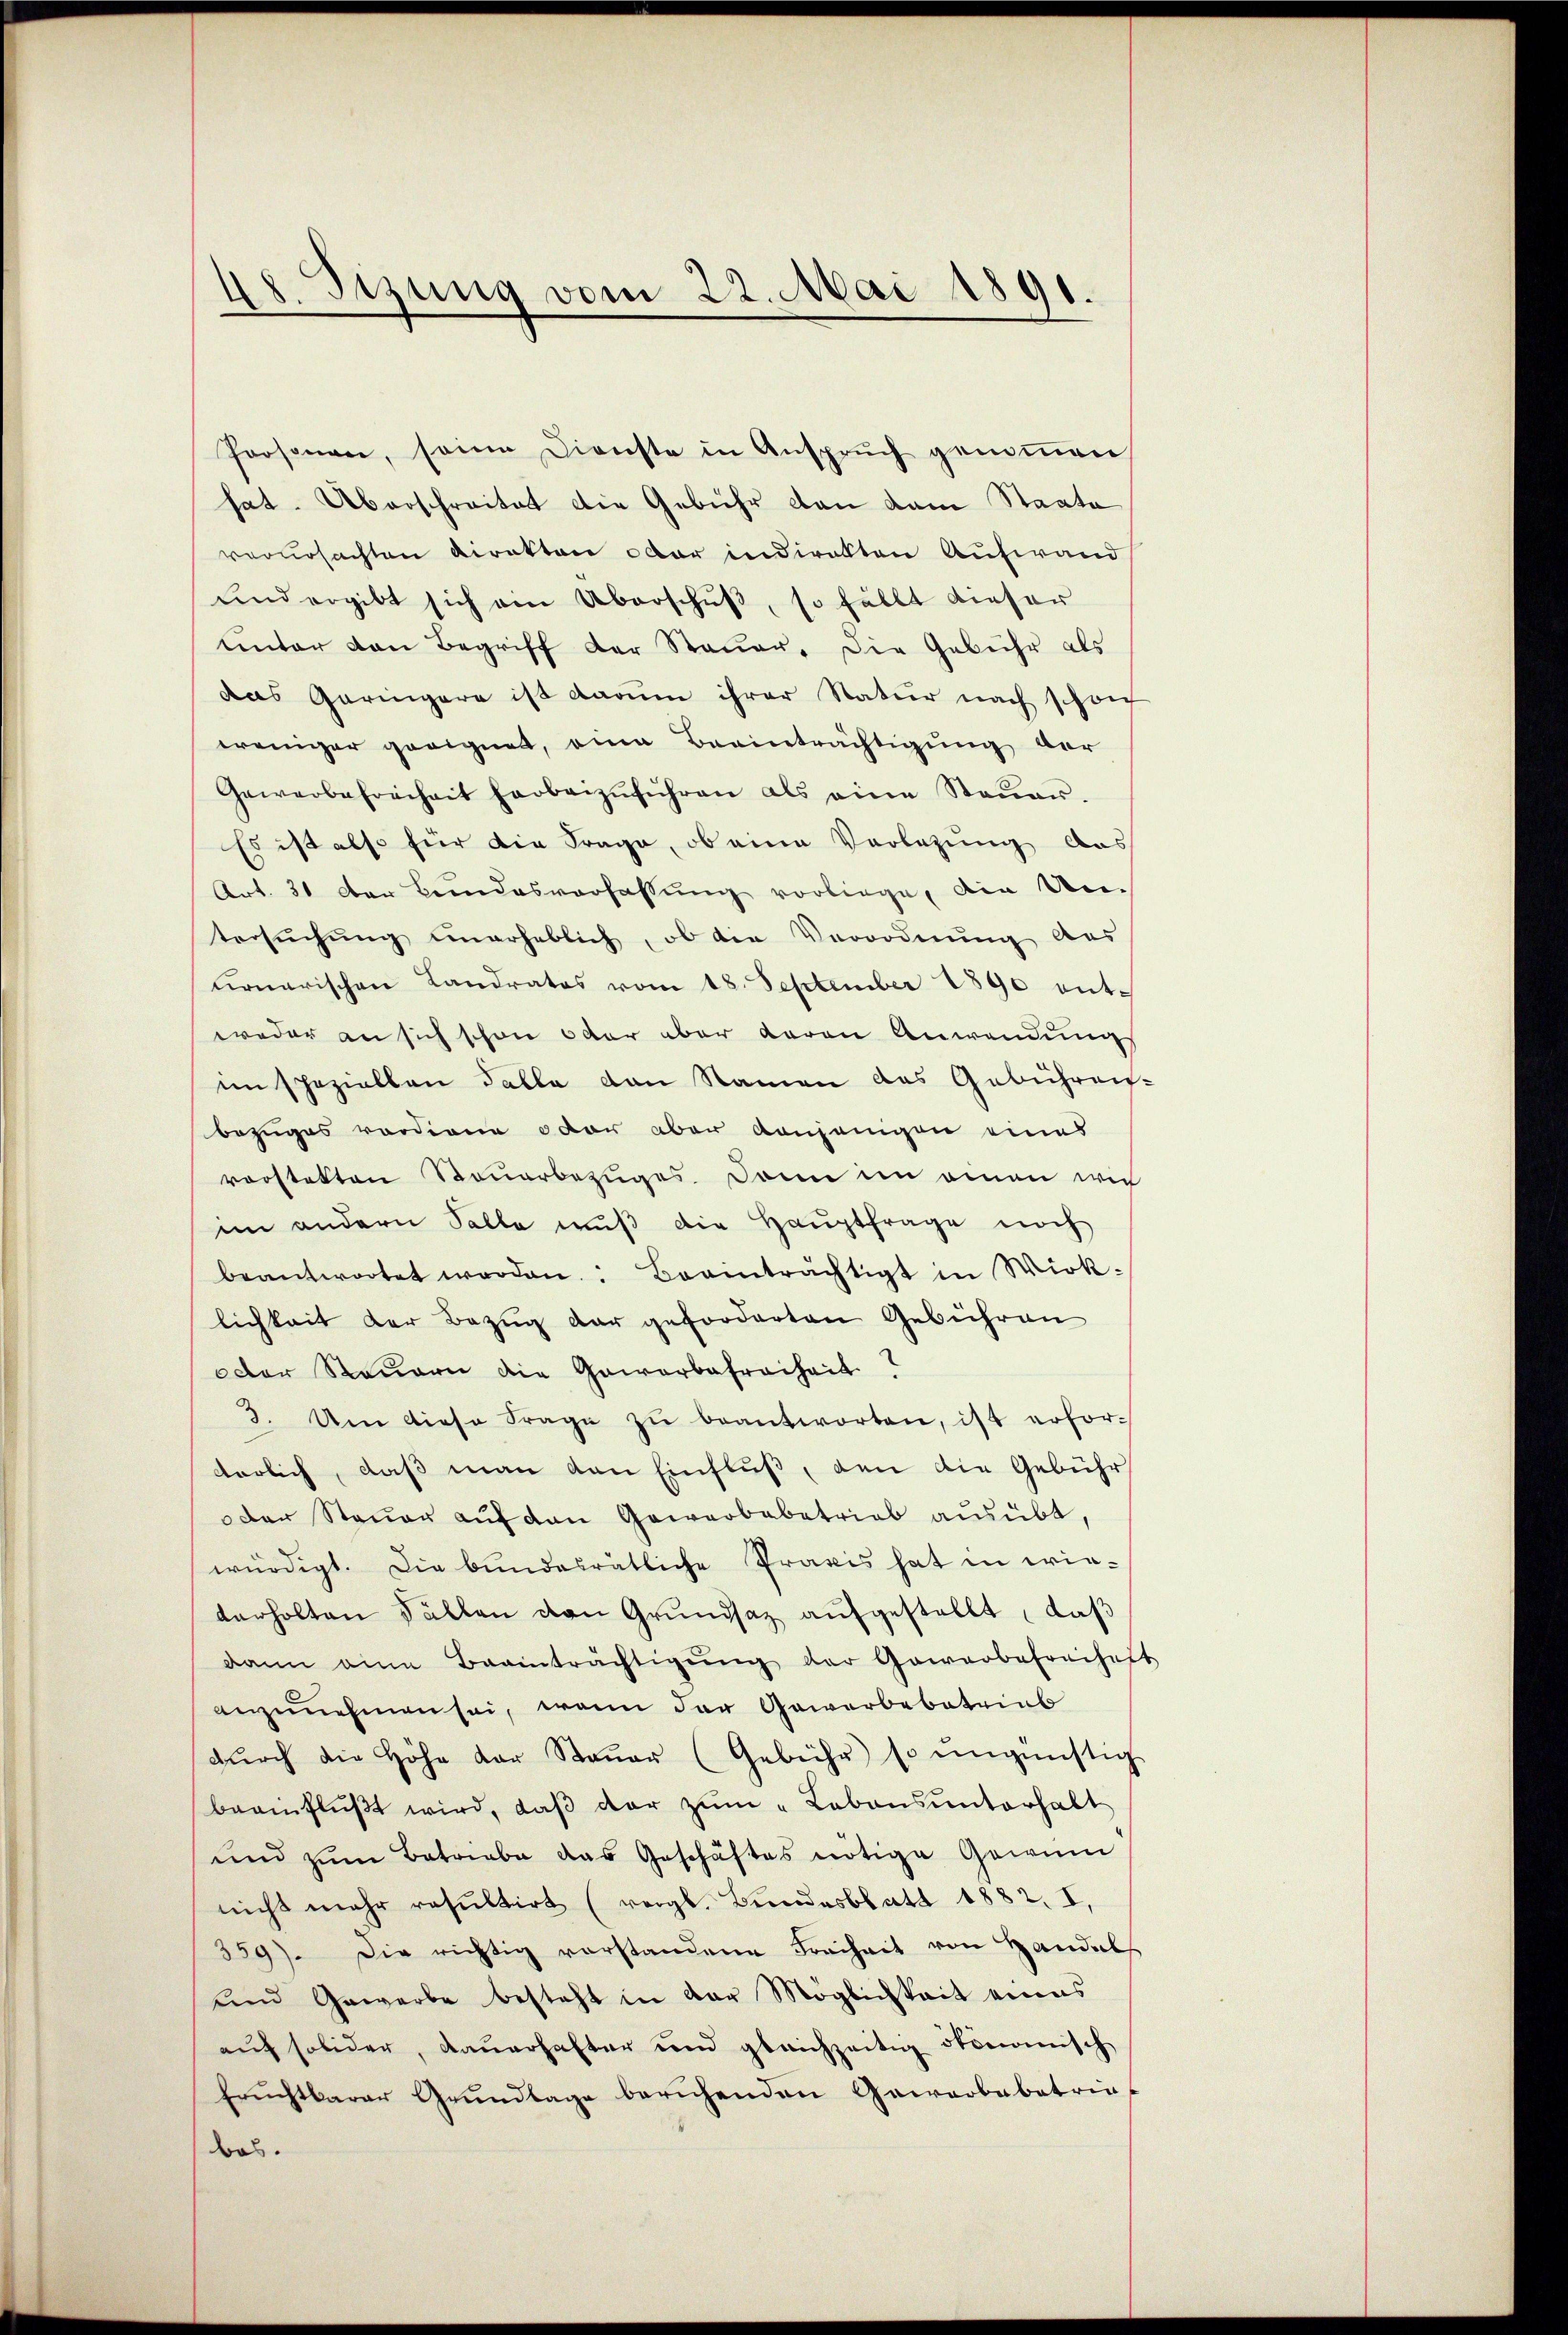
48. Itzung vom 22. Mai 1891.

Prosonen, seine Dienste in Ansprŭch genoṁen
hat. Überschreitet die Gebühr von dem Staate
verursachten Direktor oder indirekten Aufwand
und ergibt sich ein Überschuß, so fällt dieser
unter den Begriff der Stauer. Die Gebühr als
das Geringere ist darum ihrer Natur nach schwer
weniger geeignet, eine Beeinträchtigung der
Gewerbefreiheit herbeizŭführen als eine Steŭer.
Es ist also für die Frage, ob eine Verlegung das
Art. 31 der Bundesverfassung vorliege, ain Un-
tersŭchŭng unerheblich, ob die Verordnung des
urnarischen Landrates vom 18. September 1890 entweder an sich schon oder aber daran Anwendung
im speziellen Falle den Namen das Gebühren.
bezuges verdiene oder aber denjenigen eines
vorstekten Steuerbezuges. Dann in einen wie
im andern Salle mŭβ die Hauptfrage noch
beantwortet werden. Beeinträchtigt in Wirk-
lichkeit der Bezŭg dar geforderten Gebühren
oder Steuern die Gewerbefreiheit?
3. Um diese Frage zŭ beantworten, ist erfor-
derlich, daß man van Einfluß, den die Gebühr
Der Steuer auf den Gewerbebetrieb ausübt,
würdigt. Die bundesrätliche Praxis hat in wirverholten Fällen van Grŭndsaz aŭfgestellt, daβ
dann eine Beanträchtigŭng der Gewerbefreihes
anzunehmen sei, wenn der Gewerbebetrieb
dŭrch die Höhe der Staŭer (Gebühr so ungünstig
beeinflŭβt wird, daβ der zŭm „Lebens ŭnterhalt
und zŭm Betriebe das Geschäftes nötige Gewin
nicht mehr resultirt (vergl. Beendesblatt 1882. I,
359). Die richtig vorstandene Freiheit von Handels
und Gewerbe besteht in der Möglichkeit eines
aŭf solider, dauerhafter und gleichzeitig ökonomisch
Erŭchtbarer Grŭndlage beruhenden Gewerbebetrie
bos.